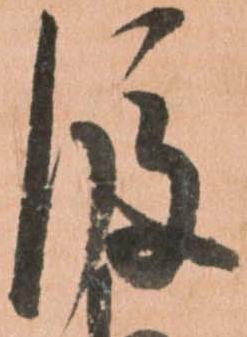
後